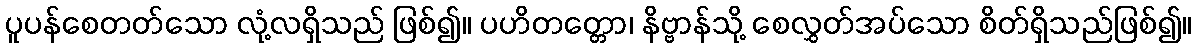
ပူပန်စေတတ်သော လုံ့လရှိသည် ဖြစ်၍။ ပဟိတတ္တော၊ နိဗ္ဗာန်သို့ စေလွှတ်အပ်သော စိတ်ရှိသည်ဖြစ်၍။